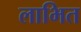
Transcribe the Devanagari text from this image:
लाभित